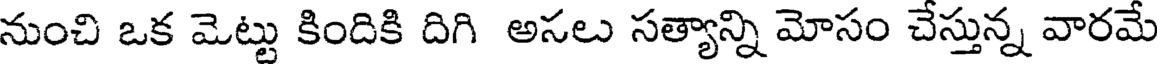
నుంచి ఒక మెట్టు కిందికి దిగి అసలు సత్యాన్ని మోసం చేస్తున్న వారమే